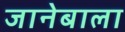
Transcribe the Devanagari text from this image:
जानेबाला